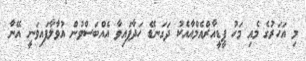
މި އަހަރުގެ މެއި މަހު ޕީޑީއާރްއެމްއާއެކު ދަގަނޑޭ ހަދާފައިވާ އެއްބަސްވުން އުވާލާފައިވަނީ އޭނާ